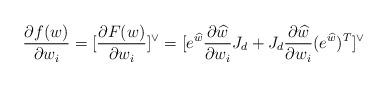
LaTeX: \begin{align*} \frac{\partial f(w)}{\partial w_i} = [\frac{\partial F(w)}{\partial w_i}]^\vee = [e^{\widehat{w}} \frac{\partial \widehat{w}}{\partial w_i} J_d+J_d \frac{\partial \widehat{w}}{\partial w_i}(e^{\widehat{w}})^T]^\vee\end{align*}